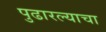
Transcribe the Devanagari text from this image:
पुढारल्याचा